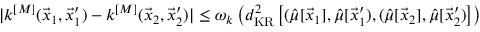
| k ^ { [ M ] } ( \vec { x } _ { 1 } , \vec { x } _ { 1 } ^ { \prime } ) - k ^ { [ M ] } ( \vec { x } _ { 2 } , \vec { x } _ { 2 } ^ { \prime } ) | \leq \omega _ { k } \left( d _ { \mathrm { K R } } ^ { 2 } \left[ ( \hat { \mu } [ \vec { x } _ { 1 } ] , \hat { \mu } [ \vec { x } _ { 1 } ^ { \prime } ) , ( \hat { \mu } [ \vec { x } _ { 2 } ] , \hat { \mu } [ \vec { x } _ { 2 } ^ { \prime } ) \right] \right)